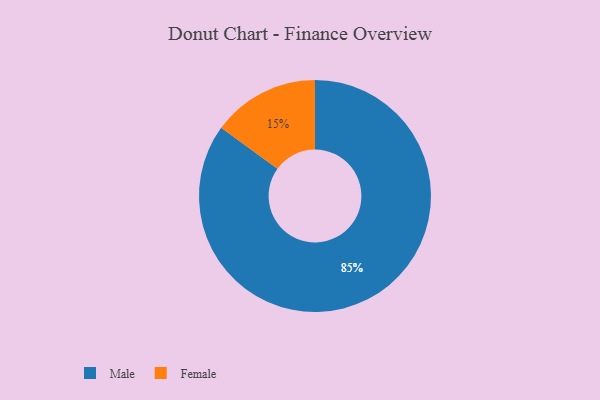
{"axis": {"x": "Category", "y": "Percentage"}, "legend": ["Female", "Male"], "data": [{"x": "Female", "y": 15, "type": "Female"}, {"x": "Male", "y": 85, "type": "Male"}]}